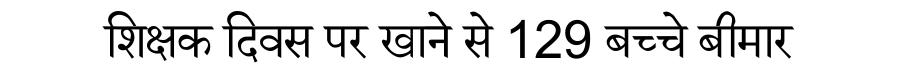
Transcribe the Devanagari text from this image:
शिक्षक दिवस पर खाने से 129 बच्चे बीमार